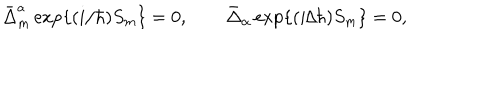
\bar { \Delta } _ { m } ^ { a } \, \mathrm { e x p } \{ ( i / \hbar ) S _ { m } \} = 0 , \qquad \bar { \Delta } _ { \alpha } \, \mathrm { e x p } \{ ( i / \hbar ) S _ { m } \} = 0 ,